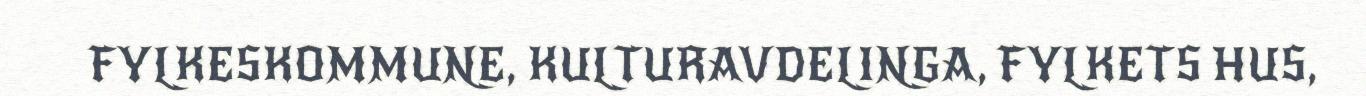
FYLKESKOMMUNE, KULTURAVDELINGA, FYLKETS HUS,